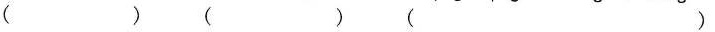
( ) ( ) ( ) ( )